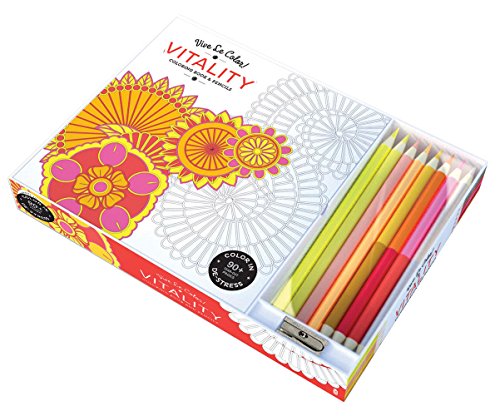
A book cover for Vive Le Color! Vitality (Coloring Book and Pencils): Color Therapy Kit; Abrams Noterie; Humor & Entertainment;